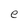
Character: e